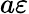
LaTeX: a\varepsilon